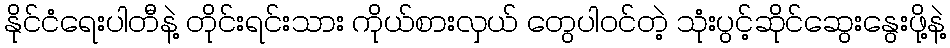
နိုင်ငံရေးပါတီနဲ့ တိုင်းရင်းသား ကိုယ်စားလှယ် တွေပါဝင်တဲ့ သုံးပွင့်ဆိုင်ဆွေးနွေးဖို့နဲ့